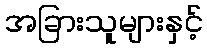
အခြားသူများနှင့်